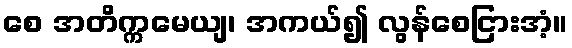
စေ အတိက္ကမေယျ၊ အကယ်၍ လွန်စေငြားအံ့။